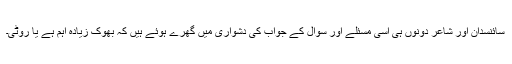
سائنسدان اور شاعر دونوں ہی اسی مسئلے اور سوال کے جواب کی دشواری میں گھرے ہوئے ہیں کہ بھوک زیادہ اہم ہے یا روٹی۔